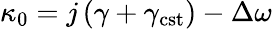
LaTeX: \kappa_{0}=j\left(\gamma+\gamma_{\mathrm{cst}}\right)-\Delta\omega